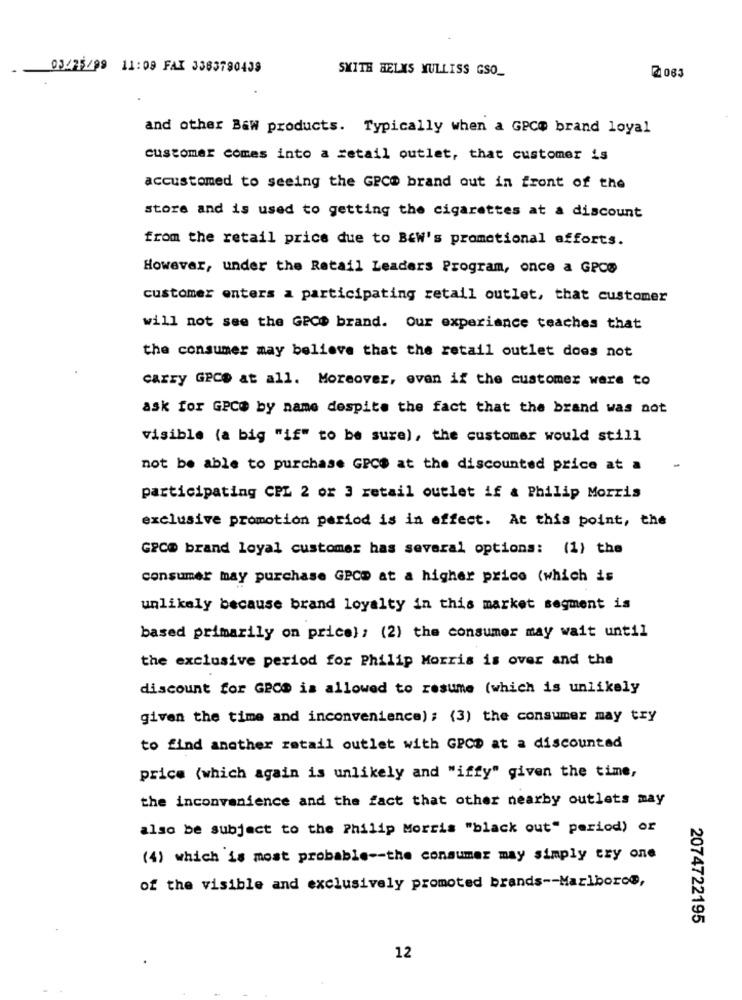
03/25/99 11:08 FAX 3383780439
SMITH HELMS YULLISS GSO_
2 063
and other Baw products. Typically when a GPC@ brand loyal
customer comes into a retail outlet, that customer is
accustomed to seeing the GPCO brand out in front of the
store and is used to getting the cigarettes at a discount
from the retail price due to B&W's promotional efforts.
However, under the Retail Leaders Program, once a GPOD
customer enters a participating retail outlet, that customer
will not see the GPC$ brand. Our experience teaches that
the consumer may believe that the retail outlet does not
carry GPCO at all. Moreover, even if the customer were to
ask for GPC@ by name despite the fact that the brand was not
visible (a big "if" to be sure), the customer would still
not be able to purchase GPCS at the discounted price at a
participating CPL 2 or 3 retail outlet if & Philip Morris
exclusive promotion period is in effect. At this point, the
GECO brand loyal customer has several options: (1) the
consumer may purchase GPCD at a higher price (which is
unlikely because brand loyalty in this market segment is
based primarily on price} ; (2) the consumer may wait until
the exclusive period for Philip Morris is over and the
discount for GPCS is allowed to resume (which is unlikely
given the time and inconvenience); (3) the consumer may try
to find another retail outlet with GPCD at a discounted
price (which again is unlikely and "iffy" given the time,
the inconvenience and the fact that other nearby outlets may
also be subject to the Philip Morris "black out" period) or
(4) which is most probable -- the consumer may simply try one
of the visible and exclusively promoted brands -- Marlboroe,
2074722195
12